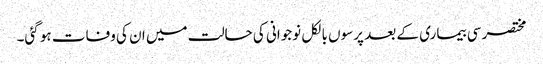
مختصر سی بیماری کے بعد پرسوں بالکل نوجوانی کی حالت میں ان کی وفات ہو گئی۔